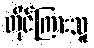
တိုင်ကြားသူ